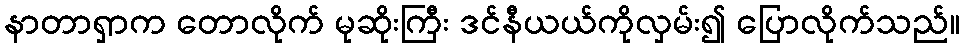
နာတာရှာက တောလိုက် မုဆိုးကြီး ဒင်နီယယ်ကိုလှမ်း၍ ပြောလိုက်သည်။